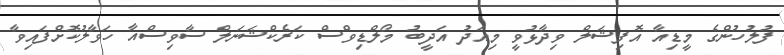
ފުލުހުންގެ މީޑިއާ އޮފިޝަލް ވިދާޅުވީ މިއަދު އަދީބު މޯލްޑިވްސް ކަރެކްޝަނަލް ސާވިސްއާ ހަވާލުކޮށްފައިވާ